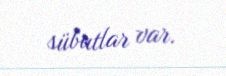
sübutlar var.